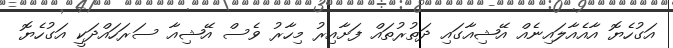
އަގުހެޔޮ އާއެއާލައިނެއް އޭޝިއާގައި ދަތުރުތައް ފަށާއިރު މިހާރު ވެސް އޭޝިއާ ސަރަހައްދަކީ އަގުހެޔޮ